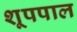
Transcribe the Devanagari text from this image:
शूपपाल